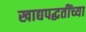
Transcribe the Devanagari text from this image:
खाद्यपद्धतींच्या